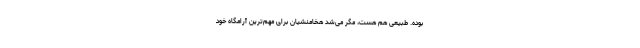
بوده. طبیعی هم هست، مگر می‌شد هخامنشیان برای مهم‌ترین آرامگاه خود